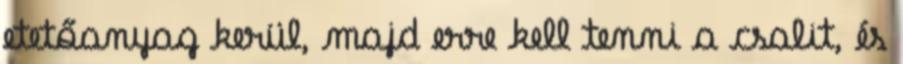
etetőanyag kerül, majd erre kell tenni a csalit, és